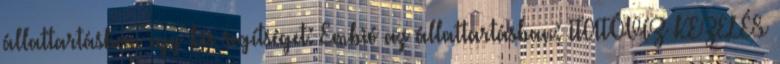
állattartásban egy kis segítséget: Embió az állattartásban: ITATÓVÍZ KEZELÉS